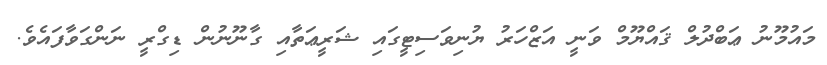
މައުމޫނު ޢަބްދުލް ޤައްޔޫމް ވަނީ އަޒްހަރު ޔުނިވަސިޓީގައި ޝަރީޢަތާއި ގާނޫނުން ޑިގްރީ ނަންގަވާފައެވެ.